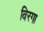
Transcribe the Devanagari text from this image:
विरगा